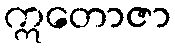
ဣတောဇာ